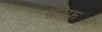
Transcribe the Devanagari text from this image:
क़ीफ़